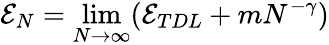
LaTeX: \mathcal{E}_{N}=\operatorname*{lim}_{N\rightarrow\infty}(\mathcal{E}_{TDL}+mN^{-\gamma})